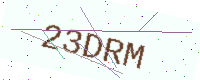
Text: 23DRM